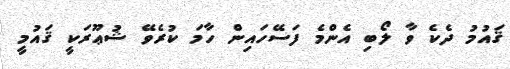
ޤައުމު ދެކެ ވާ ލޯބި އެންމެ ފަސޭހައިން ހާމަ ކުރެވޭ ޝުޢޫރަކީ ޤައުމީ